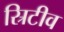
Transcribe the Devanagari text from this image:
स्रिटीव